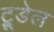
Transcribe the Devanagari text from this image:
ट्रूडेल